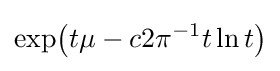
\exp \!{\big (}t\mu -c2\pi ^{-1}t\ln t{\big )}